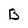
Character: B